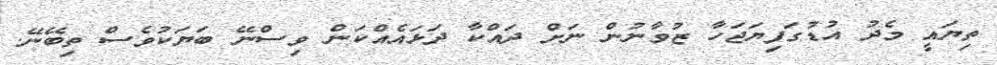
ތިޔައީ މެދު އުޑުގަފިޔަޖަހާ ޒުވާނުން ނަށް ދައްކާ ދަޅައެއްކަން ވިސްނޭ ބަޔަކުވެސް ތިބޭނޭ.